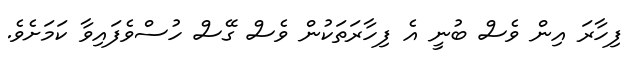
ފިހާރަ އިން ވެސް ބުނީ އެ ފިހާރަތަކުން ވެސް ގޭސް ހުސްވެފައިވާ ކަމަށެވެ.